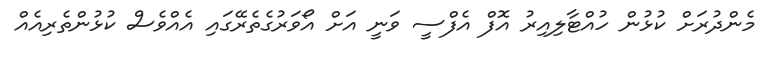
މެންދުރަށް ކުޅުން ހުއްޓާލިއިރު އޮފް އެފްސީ ވަނީ އަށް އޯވަރުގެތެރޭގައި އެއްވެސް ކުޅުންތެރިއެއް